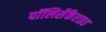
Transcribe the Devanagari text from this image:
पॉलिसैकैराइड